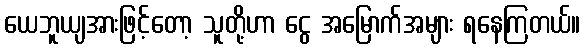
ယေဘူယျအားဖြင့်တော့ သူတို့ဟာ ငွေ အမြောက်အများ ရနေကြတယ်။